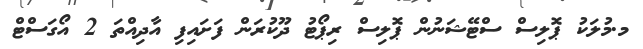
މ.މުލަކު ޕޮލިސް ސްޓޭޝަނުން ޕޮލިސް ރިޕޯޓު ދޫކުރަން ފަށައިފި އާދިއްތަ 2 އޯގަސްޓް